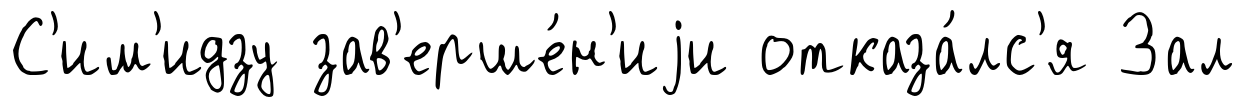
С'им'идзу зав'ерше́н'иjи отказа́лс'я Зал